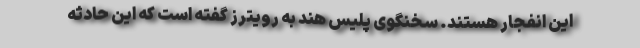
این انفجار هستند. سخنگوی پلیس هند به رویترز گفته است که این حادثه